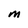
Character: M